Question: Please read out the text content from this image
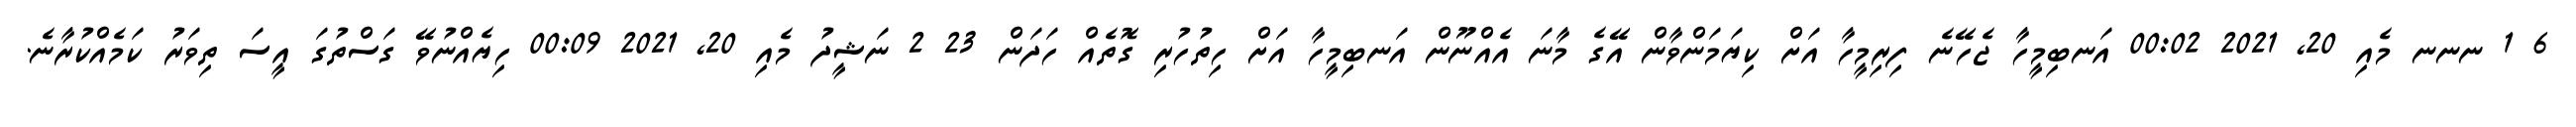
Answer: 6 1 ނނނ މެއި 20, 2021 00:02 އަނބިމީހާ ޖެހޭނެ ފިރިމީހާ އަށް ކިޔަމަންވާން އޭގެ މާނަ އެއްނޫން އަނބިމީހާ އަށް ހިތުހުރި ގޮތެއް ހަދަން 23 2 ނަޝީދު މެއި 20, 2021 00:09 ހިޔެއްނުވޭ ގަސްތުގަ އީސަ ތިވަރު ކަމެއްކުރާނެ.